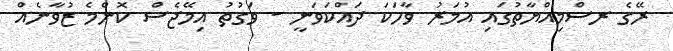
ރޭގެ ރސްމިއްޔާތުގައި އުމަރު ވާހަކަ ދައްކަވަނީ - ވަގުތު އިމޭޖެސް ކޮންމެ ޒުވާނެއް